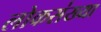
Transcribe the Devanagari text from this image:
लोकस॑ख्या